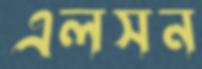
এলসন